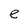
Character: e